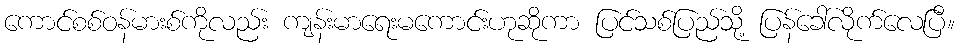
ကောင်စစ်ဝန်မားစ်ကိုလည်း ကျန်းမာရေးမကောင်းဟုဆိုကာ ပြင်သစ်ပြည်သို့ ပြန်ခေါ်လိုက်လေပြီ။